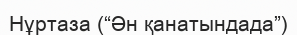
Нұртаза (“Ән қанатындада”)